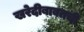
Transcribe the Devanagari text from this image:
खरेदीबाबतची